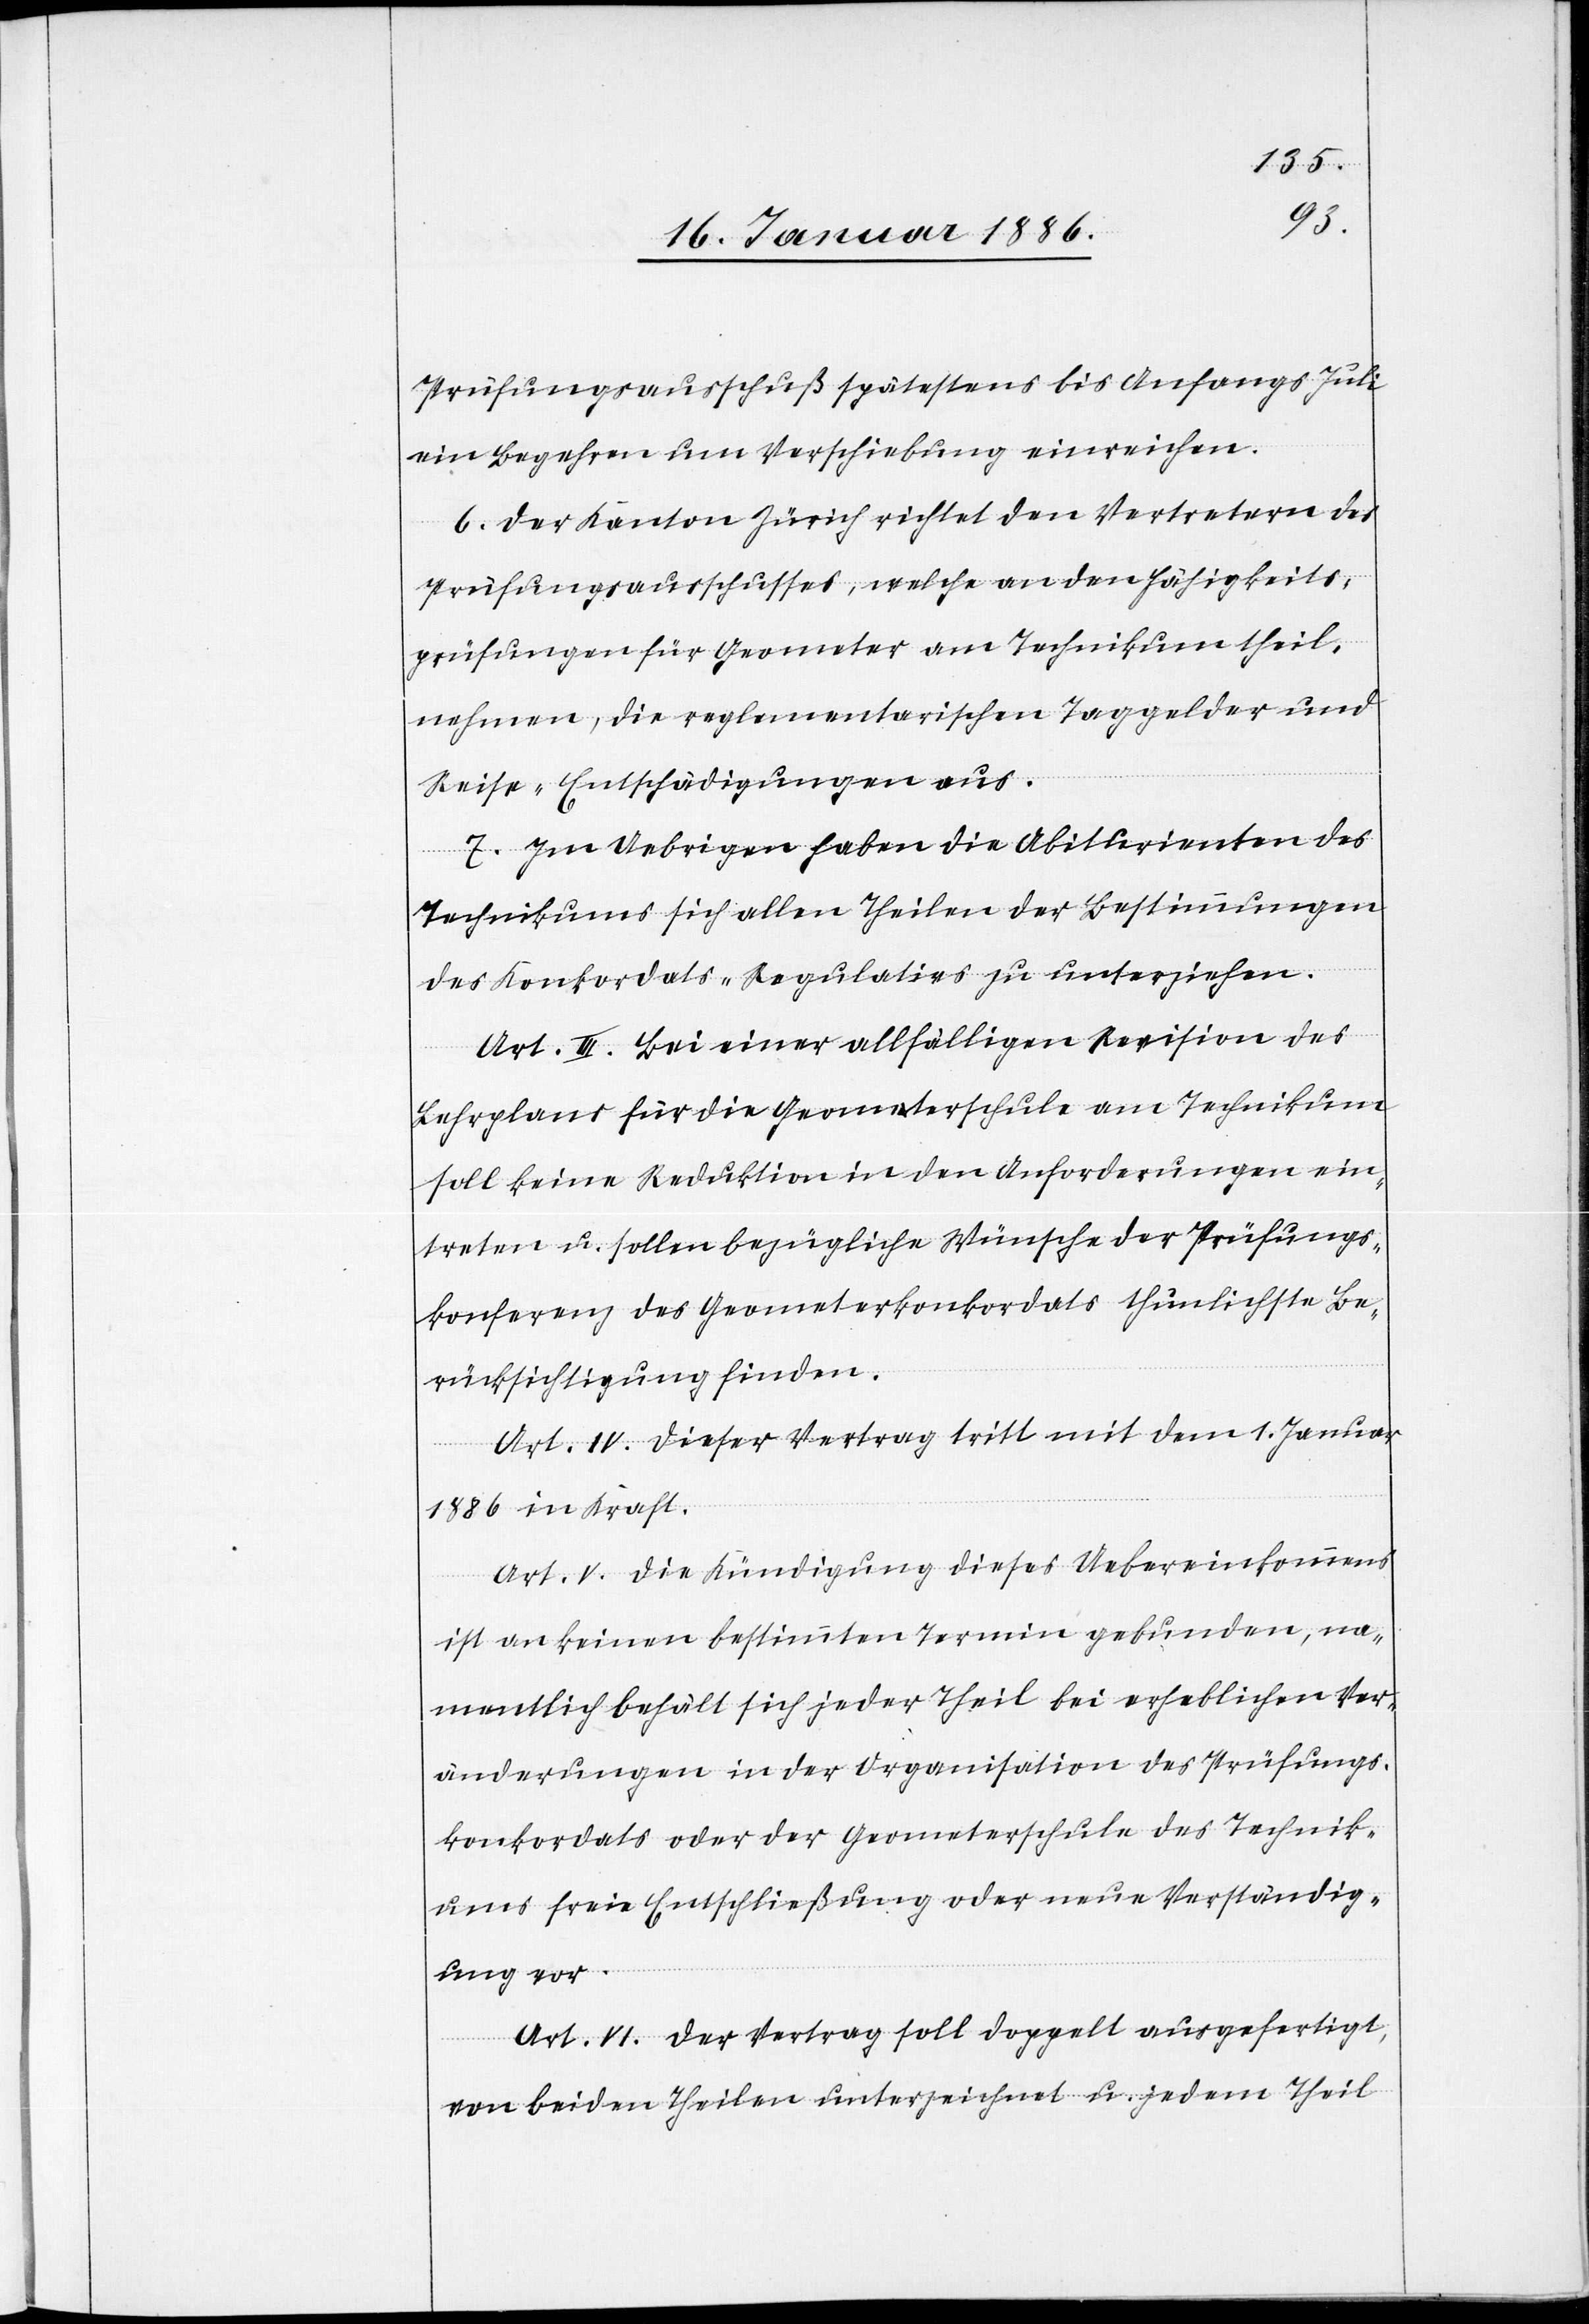
Prüfungsausschuß spätestens bis Anfangs Juli
ein Begehren um Verschiebung einreichen.
6. Der Kanton Zürich richtet den Vertretern des
Prüfungsausschusses, welche an den Fähigkeits¬
prüfungen für Geometer am Technikum theil¬
nehmen, die reglementarischen Taggelder und
Reise-Entschädigungen aus.
7. Im Uebrigen haben die Abiturienten des
Technikums sich allen Theilen der Bestimmungen
des Konkordates-Regulatives zu unterziehen.
Art. III. Bei einer allfälligen Revision des
Lehrplans für die Geometerschule am Technikum
soll keine Reduktion in den Anforderungen ein¬
treten u. sollen bezügliche Wünsche der Prüfungs¬
konferenz des Geometerkonkordates thunlichst Be¬
rücksichtigung finden.
Art. IV. Dieser Vertrag tritt mit dem 1. Januar
1886 in Kraft.
Art. V. Die Kündigung dieses Uebereinkommens
ist an keinen bestimmten Termin gebunden, na¬
mentlich behält sich jeder Theil bei erheblichen Ver¬
änderungen in der Organisation des Prüfungs¬
konkordates oder der Geometerschule des Technik¬
ums freie Entschließung oder neue Verständig¬
ung vor.
Art. VI. Der Vertrag soll doppelt ausgefertigt,
von beiden Theilen unterzeichnet u. jedem Theil